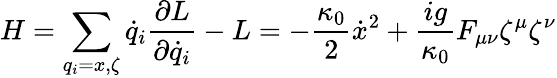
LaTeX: H=\sum_{q_{i}=x,\zeta}\dot{q}_{i}\frac{\partial L}{\partial\dot{q}_{i}}-L=-\frac{\kappa_{0}}{2}\dot{x}^{2}+\frac{ig}{\kappa_{0}}F_{\mu\nu}\zeta^{\mu}\zeta^{\nu}